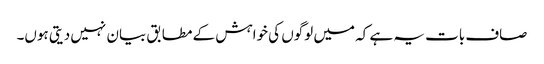
صاف بات یہ ہے کہ میں لوگوں کی خواہش کے مطابق بیان نہیں دیتی ہوں۔